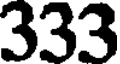
333